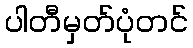
ပါတီမှတ်ပုံတင်